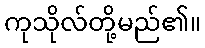
ကုသိုလ်တို့မည်၏။